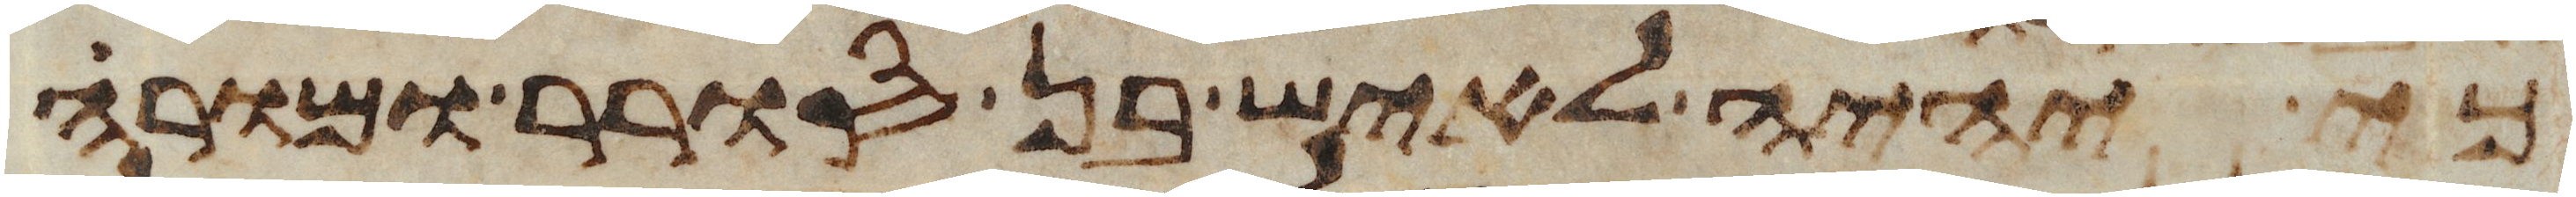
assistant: כי יהיה לאיש בן סורר ומורה